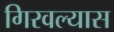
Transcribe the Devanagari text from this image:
गिरवल्यास